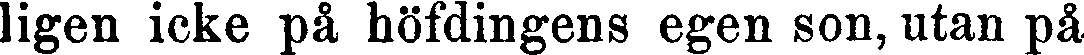
ligen icke på höfdingens egen son, utan på